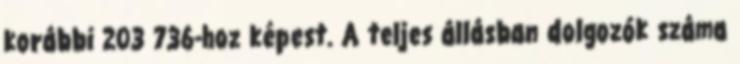
korábbi 203 736-hoz képest. A teljes állásban dolgozók száma